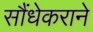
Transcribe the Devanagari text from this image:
सौंधेकराने